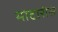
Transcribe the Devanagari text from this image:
मोटारीस